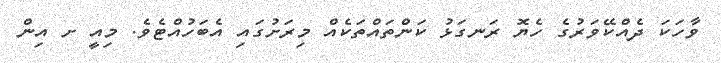
ވާހަކަ ދެއްކޭވަރުގެ ހެޔޮ ރަނގަޅު ކަންތައްތަކެއް މިރަށުގައި އެބަހުއްޓެވެ. މިއީ ށ އިން